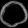
Digit: ၀